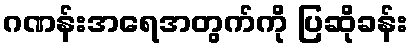
ဂဏန်းအရေအတွက်ကို ပြဆိုခန်း